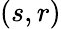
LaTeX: (s,r)